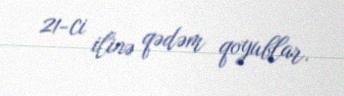
21-ci ilinə qədəm qoyublar.